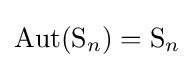
\operatorname {Aut} (\mathrm {S} _{n})=\mathrm {S} _{n}